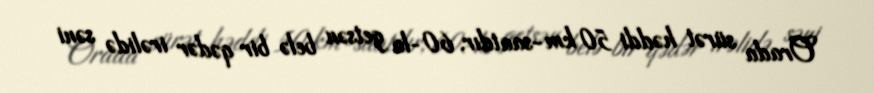
Orada sürət həddi 50 km-saatdır, 60-la getsən belə bir qədər irəlidə səni